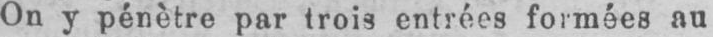
On y pénètre par trois entrées formées au